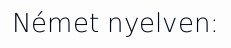
Német nyelven: